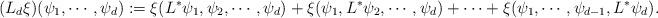
LaTeX: \begin{align*}(L_d\xi)(\psi_1,\cdots,\psi_d):=\xi(L^*\psi_1,\psi_2,\cdots,\psi_d)+\xi(\psi_1,L^*\psi_2,\cdots,\psi_d)+\cdots+\xi(\psi_1,\cdots,\psi_{d-1},L^*\psi_d).\end{align*}